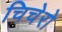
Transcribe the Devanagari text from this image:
चिचेरो